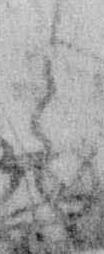
言